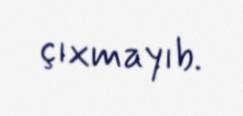
çıxmayıb.